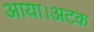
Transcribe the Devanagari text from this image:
आया।अटक